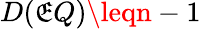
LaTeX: D(\mathfrak{E}Q)\leqn-1